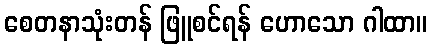
စေတနာသုံးတန် ဖြူစင်ရန် ဟောသော ဂါထာ။